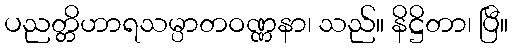
ပညတ္တိဟာရသမ္ပာတဝဏ္ဏနာ၊ သည်။ နိဋ္ဌိတာ၊ ပြီ။